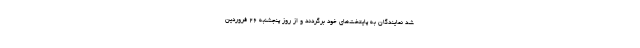
شد نمایندگان به پایتخت‌های خود برگردند و از روز پنجشنبه ۲۶ فروردین